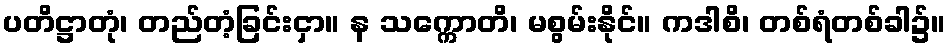
ပတိဋ္ဌာတုံ၊ တည်တံ့ခြင်းငှာ။ န သက္ကောတိ၊ မစွမ်းနိုင်။ ကဒါစိ၊ တစ်ရံတစ်ခါ၌။